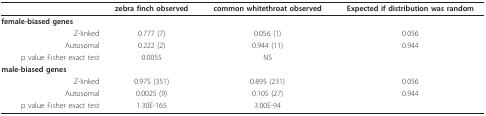
<table><thead><tr><td></td><td><b>zebra finch observed</b></td><td><b>common whitethroat observed</b></td><td><b>Expected if distribution was random</b></td></tr></thead><tbody><tr><td><b>female-biased genes</b></td><td></td><td></td><td></td></tr><tr><td>Z-linked</td><td>0.777 (7)</td><td>0.056 (1)</td><td>0.056</td></tr><tr><td>Autosomal</td><td>0.222 (2)</td><td>0.944 (11)</td><td>0.944</td></tr><tr><td>p value Fisher exact test</td><td>0.0055</td><td>NS</td><td></td></tr><tr><td><b>male-biased genes</b></td><td></td><td></td><td></td></tr><tr><td>Z-linked</td><td>0.975 (351)</td><td>0.895 (231)</td><td>0.056</td></tr><tr><td>Autosomal</td><td>0.0025 (9)</td><td>0.105 (27)</td><td>0.944</td></tr><tr><td>p value Fisher exact test</td><td>1.30E-165</td><td>3.00E-94</td><td></td></tr></tbody></table>